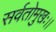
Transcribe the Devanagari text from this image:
सर्वतोमुखः।।